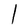
Character: l